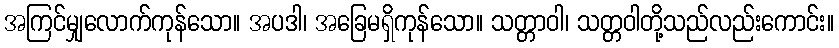
အကြင်မျှလောက်ကုန်သော။ အပဒါ၊ အခြေမရှိကုန်သော။ သတ္တာဝါ၊ သတ္တဝါတို့သည်လည်းကောင်း။